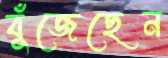
বুঁজেছেন